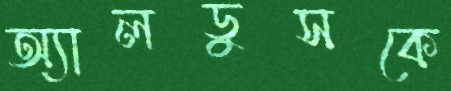
অ্যালডুসকে